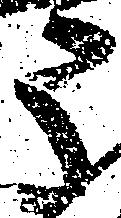
う